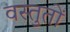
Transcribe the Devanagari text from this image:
वस्तुतों